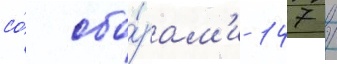
со́ сбо́рам'и 147 /